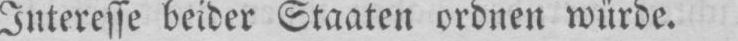
Interesse beider Staaten ordnen würde.